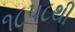
૧૮૫૮થી